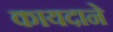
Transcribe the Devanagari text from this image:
कायदाने